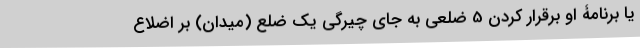
یا برنامۀ او برقرار کردن 5 ضلعی به جای چیرگی یک ضلع (میدان) بر اضلاع